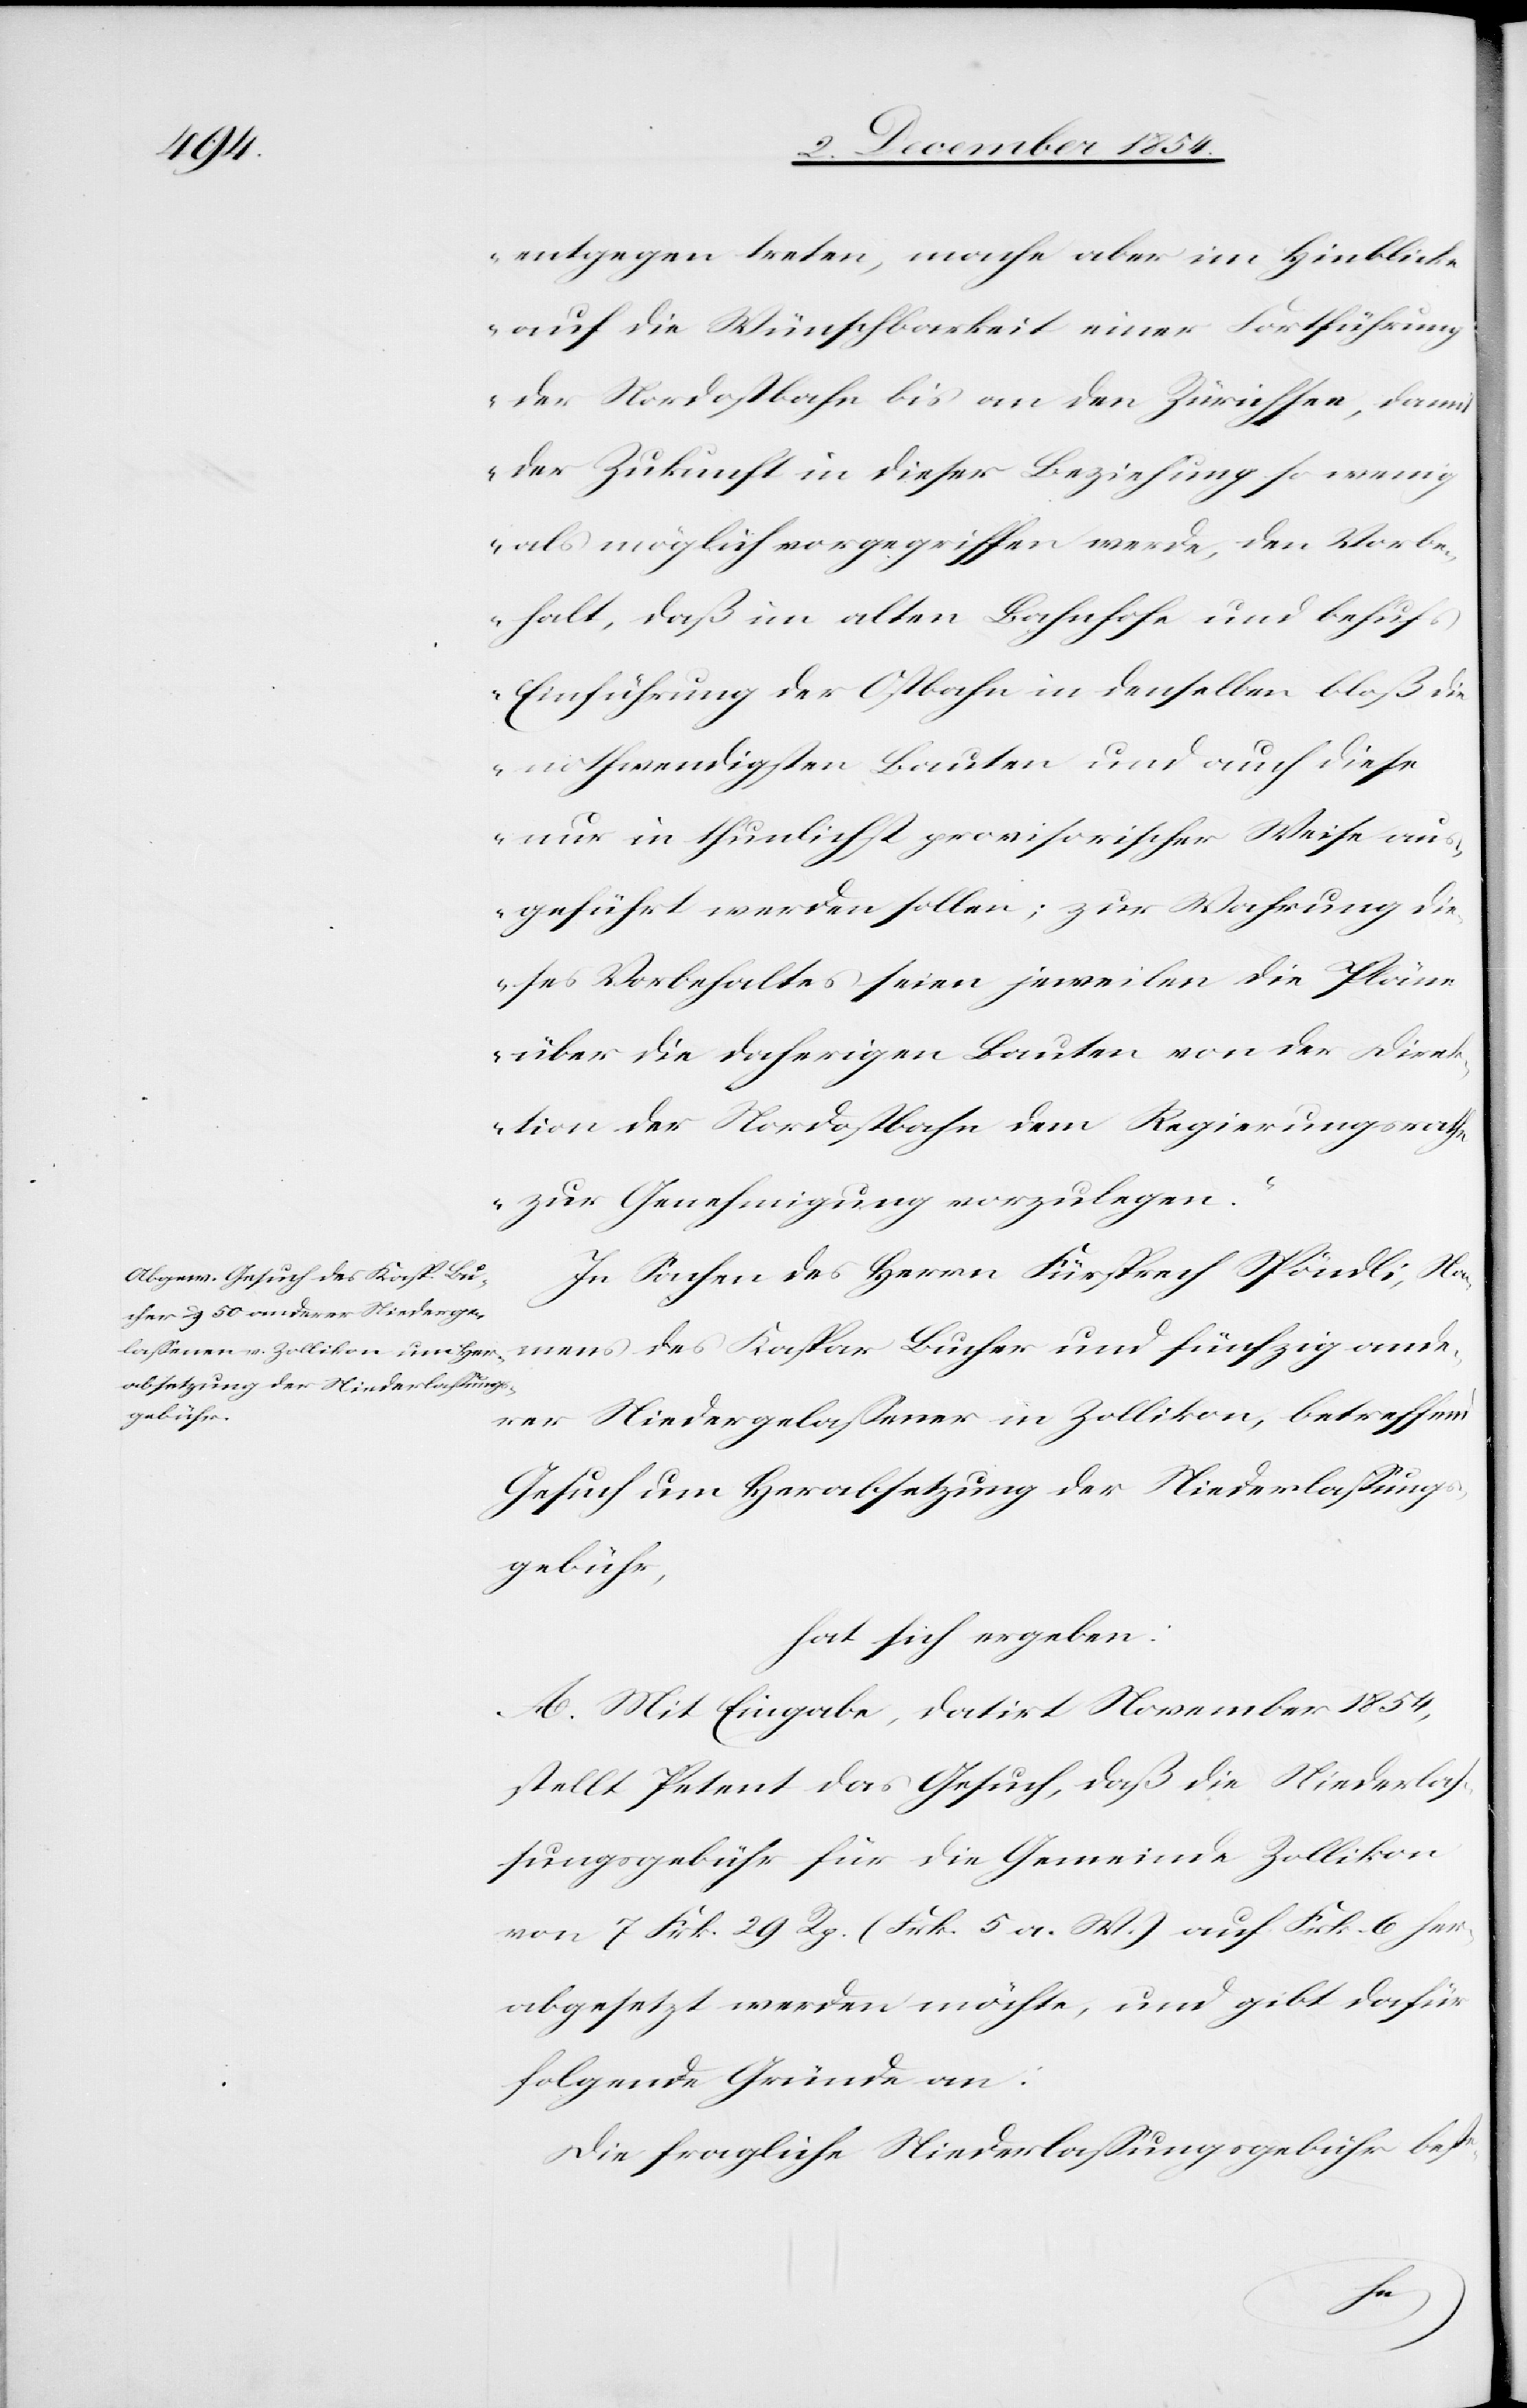
entgegen treten, mache aber im Hinblicke
auf die Wünschbarkeit einer Fortführung
der Nordostbahn bis an den Zürichsee, damit
der Zukunft in dieser Beziehung so wenig
als möglich vorgegriffen werde, den Vorbe¬
halt, daß im alten Bahnhofe und behufs
Einführung der Ostbahn in denselben bloß die
nothwendigsten Bauten und auch diese
nur in thunlichst provisorischer Weise au¬
sgeführt werden sollen; zur Wahrung die¬
ses Vorbehaltes seien jeweilen die Pläne
über die daherigen Bauten von der Direk¬
tion der Nordostbahn dem Regierungsrathe
zur Genehmigung vorzulegen.“
In Sachen des Herrn Fürsprech Spöndli, Na¬
mens des Kaspar Bucher und fünfzig ande¬
rer Niedergelaßenen in Zollikon, betreffend
Gesuch um Herabsetzung der Niederlaßungs¬
gebühr,
hat sich ergeben:
A. Mit Eingabe, datirt November 1854,
stellt Petent das Gesuch, daß die Niederlaß¬
ungsgebühr für die Gemeinde Zollikon
von 7 Frk. 29 Rp. (Frk. 5 a. W.) auf Frk. 6 her¬
abgesetzt werden möchte, und gibt dafür
folgende Gründe an:
Die fragliche Niederlaßungsgebühr beste-